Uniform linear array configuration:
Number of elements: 64
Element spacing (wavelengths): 0.25
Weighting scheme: exponential
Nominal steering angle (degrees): -15
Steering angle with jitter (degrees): -15.591
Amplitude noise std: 0.05
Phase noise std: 0.05

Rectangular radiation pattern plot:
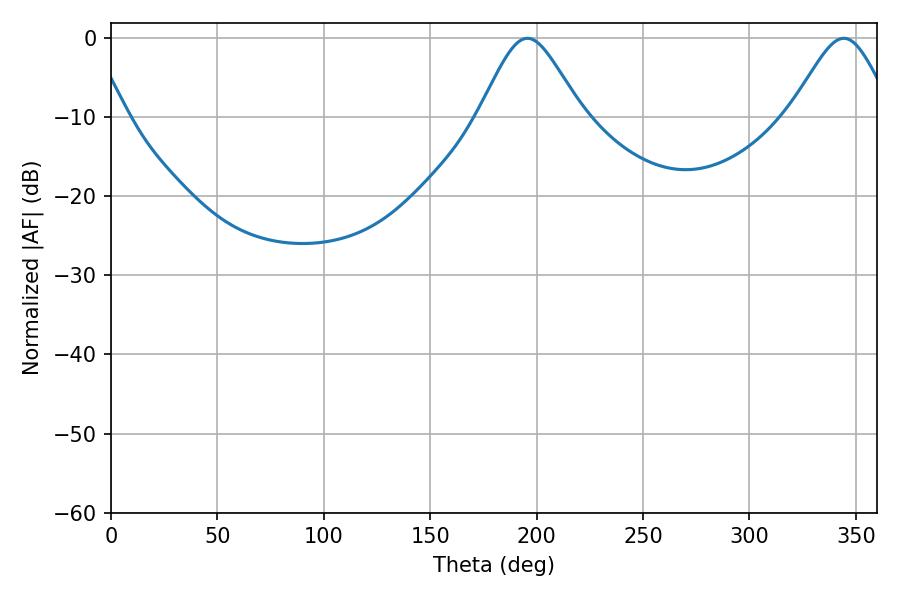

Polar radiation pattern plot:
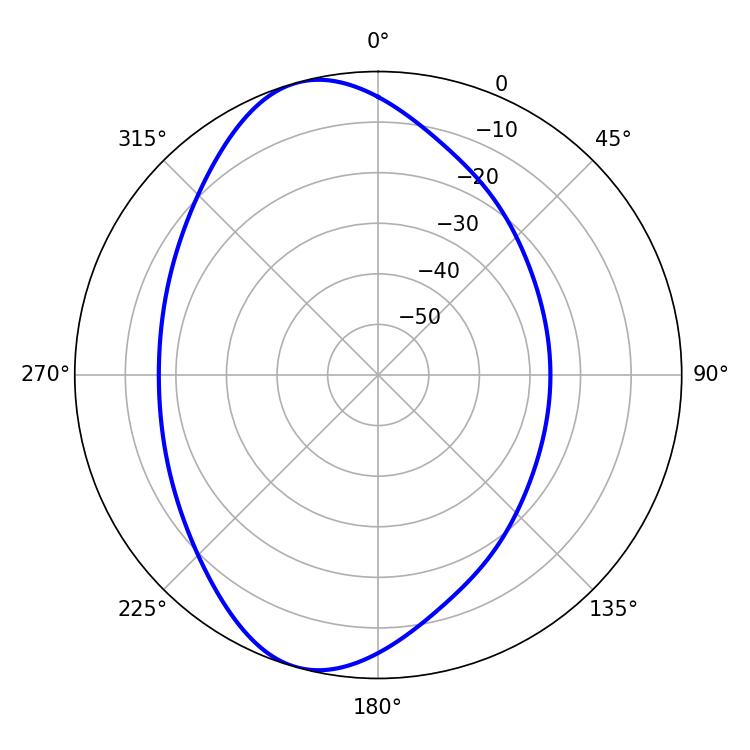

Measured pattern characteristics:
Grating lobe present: FALSE
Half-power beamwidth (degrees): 23.76
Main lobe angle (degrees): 195.66